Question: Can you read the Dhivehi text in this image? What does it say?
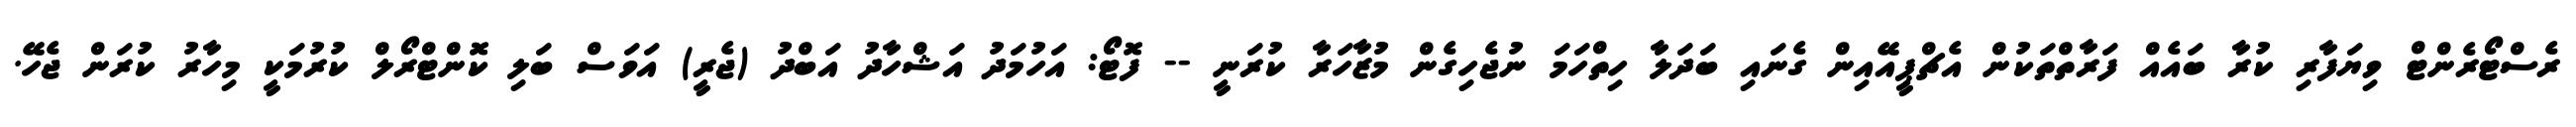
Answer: ރެސްޓޯރެންޓް ވިޔަފާރި ކުރާ ބައެއް ފަރާތްތަކުން އެޗްޕީއޭއިން ގެނައި ބަދަލާ ހިތްހަމަ ނުޖެހިގެން މުޒާހަރާ ކުރަނީ -- ފޮޓޯ: އަހުމަދު އަޝްހާދު އަބްދު (ޖެރީ) އަވަސް ބަލި ކޮންޓްރޯލް ކުރުމަކީ މިހާރު ކުރަން ޖެހޭ.